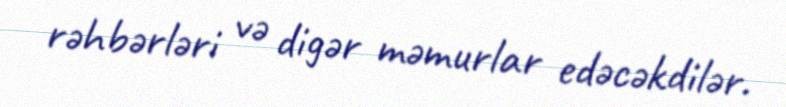
rəhbərləri və digər məmurlar edəcəkdilər.